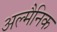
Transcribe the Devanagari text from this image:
अल्मैनिक